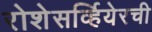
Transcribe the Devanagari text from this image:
रोशेसर्व्हियेरची